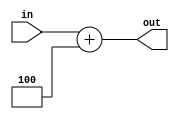
// EECE3324 
// Computer Architecture
// Final Project
// Kevin Wong & Jonathan Marrero

// Module for Add4. 
// Adds 4 to input.

module Add4(in, out);
  input [31:0] in;          // Input [31-0]
  output reg [31:0] out;    // Output [31-0]
  
  // Add 4 operation
  always @ (in) begin
    out = in + 4;
  end
  
endmodule